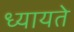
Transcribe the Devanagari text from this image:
ध्यायते